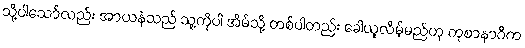
သို့ပါသော်လည်း အာယနဲသည် သူ့ကိုပါ အိမ်သို့ တစ်ပါတည်း ခေါ်ယူလိမ့်မည်ဟု ကုစာနာဂိက